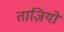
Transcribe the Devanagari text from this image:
ताज़ियो